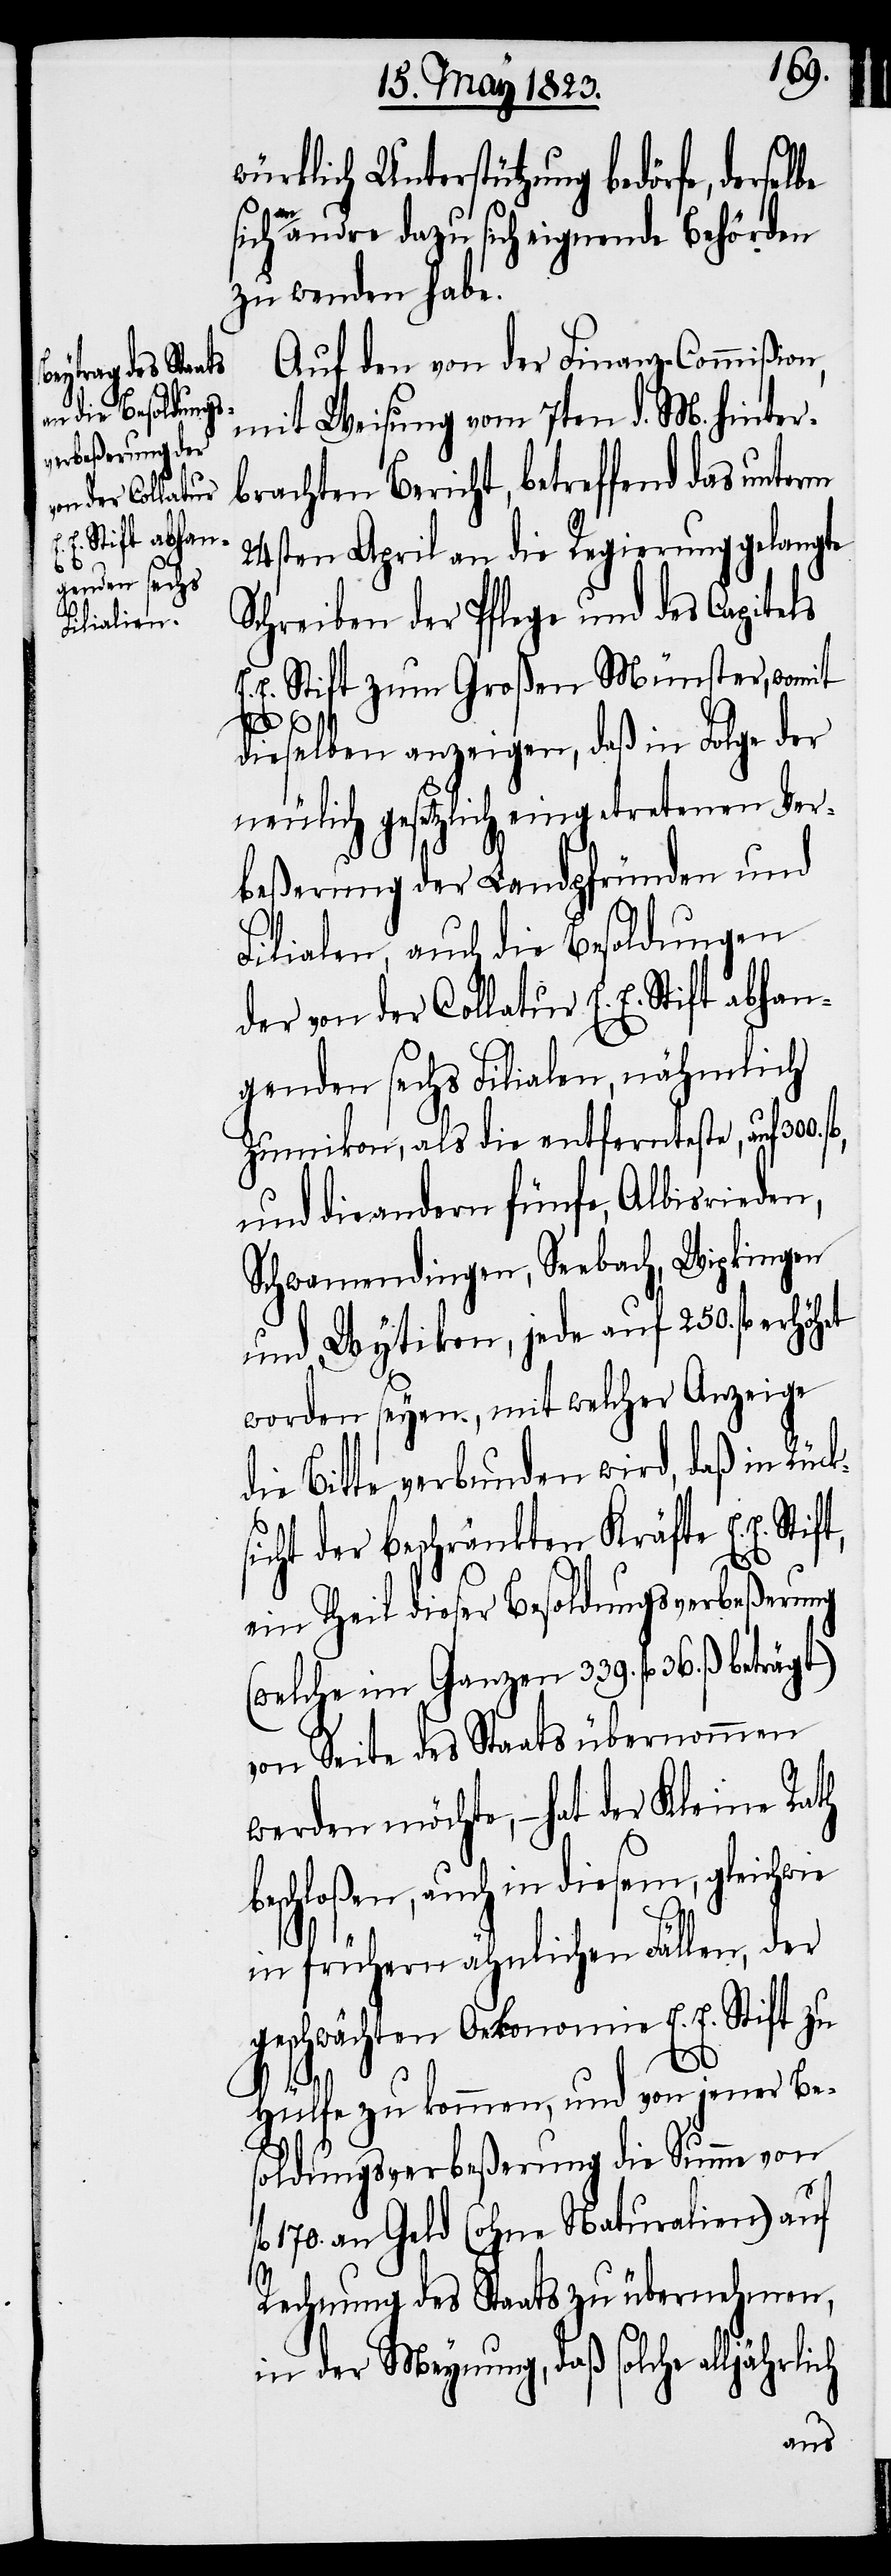
würklich Unterstützung bedörfe, dersel¬
ch
sich an andre dazu sich eignende Behörden
zu wenden habe.
Auf den von der Finanz-Commißion,
mit Weisung vom 7ten d. M. hinter¬
brachten Bericht, betreffend das unterm
24sten April an die Regierung gelangte
Schreiben der Pflege und des Capitels
E. Stift zum Großen Münster, womit
dieselben anzeigen, daß in Folge der
neulich gesetzlich eingetretenen Ver¬
beßerung der Landpfründen und
Filialen, auch die Besoldungen
der von der Collatur E. E. Stift abhan¬
genden sechs Filialen, nähmlich
Zumikon, als die entfernteste, auf 300.
und die andern fünfe, Albisrieden,
Schwamendingen, Seebach, Wipkingen
und Wytikon, jede auf 250. fl. erhö¬
worden seyen, mit welcher Anzeige
die Bitte verbunden wird, daß in Rück¬
sicht der beschränkten Kräfte E. E.
ein Theil dieser Besoldungsverbeßerung
(welche im Ganzen 339. fl. 36. ß.
von Seite des Staats übernommen
werden möchte, – hat der Kleine Rath
beschloßen, auch in diesem, gleichwie
in frühern ähnlichen Fällen, der
geschwächten Oekonomie E. E. Stift zu
Hülfe zu kommen, und von jener Be¬
soldungsverbeßerung die Summe von
170. an Geld (ohne Naturalien) auf
Rechnung des Staats zu übernehmen,
in der Meynung, daß solche alljährli¬